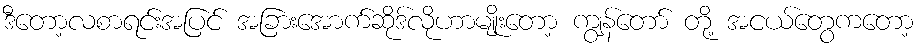
ဒီတော့လစာရင်းအပြင် အခြားအောက်ဆိုဒ်လိုဟာမျိုးတော့ ကျွန်တော် တို့ အငယ်တွေကတော့